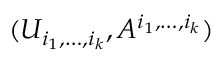
( U _ { i _ { 1 } , \dots , i _ { k } } , A ^ { i _ { 1 } , \dots , i _ { k } } )